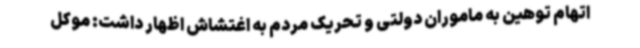
اتهام توهین به ماموران دولتی و تحریک مردم به اغتشاش اظهار داشت: موکل